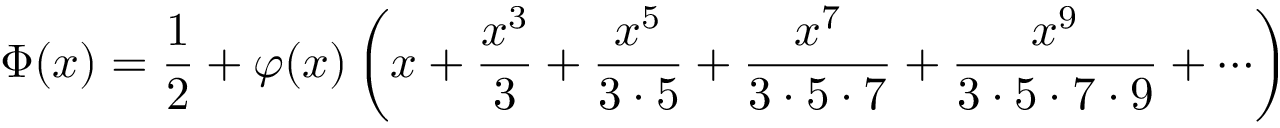
\Phi ( x ) = { \frac { 1 } { 2 } } + \varphi ( x ) \left( x + { \frac { x ^ { 3 } } { 3 } } + { \frac { x ^ { 5 } } { 3 \cdot 5 } } + { \frac { x ^ { 7 } } { 3 \cdot 5 \cdot 7 } } + { \frac { x ^ { 9 } } { 3 \cdot 5 \cdot 7 \cdot 9 } } + \cdots \right)